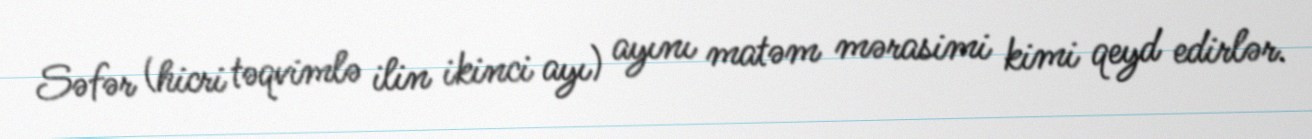
Səfər (hicri təqvimlə ilin ikinci ayı) ayını matəm mərasimi kimi qeyd edirlər.